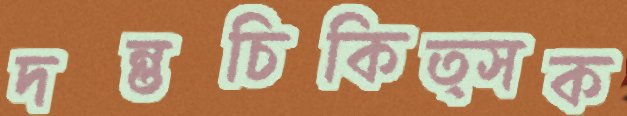
দন্তচিকিত্সক